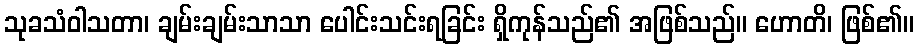
သုခသံဝါသတာ၊ ချမ်းချမ်းသာသာ ပေါင်းသင်းရခြင်း ရှိကုန်သည်၏ အဖြစ်သည်။ ဟောတိ၊ ဖြစ်၏။